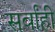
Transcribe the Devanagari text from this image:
सर्वांही